Civil Veterinary Dept. Assam report 1927-50 - 1927-1950
Year: 1927
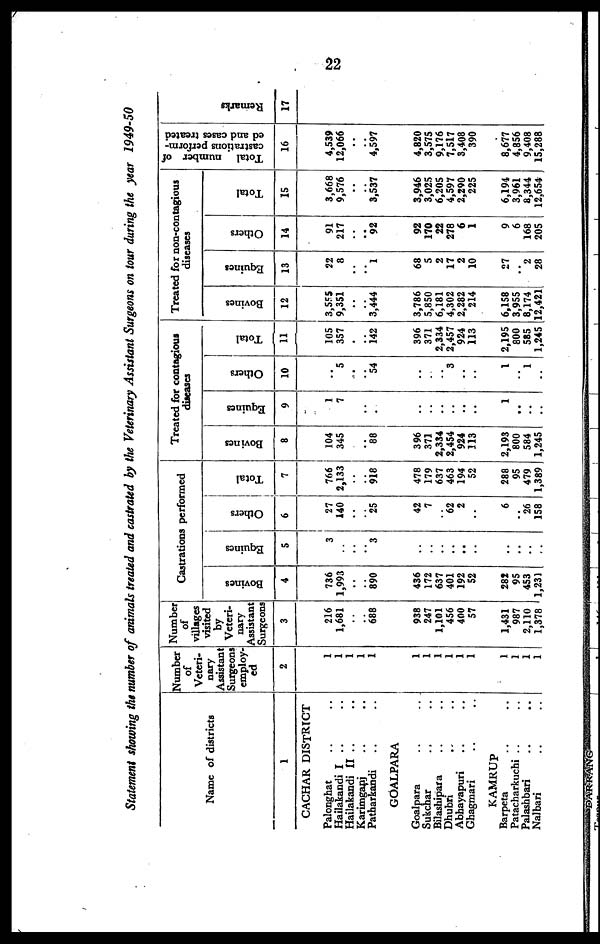
22
Statement showing the number of animals treated and castrated by the Veterinary Assistant Surgeons on tour during the year
1949-50
Name of districts
1
CACHAR DISTRICT
Palonghat .. ..
Hailakandi I .. ..
Hailakandi II .. ..
Karimganj .. ..
Patharkandi .. ..
GOALPARA
Goalpara .. ..
Sukchar .. ..
Bilashipara .. ..
Dhubri .. ..
Abhayapuri .. ..
Ghagmari .. ..
KAMRUP
Barpeta .. ..
Patacharkuchi .. ..
Palashbari .. ..
Nalbari .. ..
Number
of
Veteri-
nary
Assistant
Surgeons
employ-
ed
2
1
1
1
1
1
1
1
1
1
1
1
1
1
1
1
Number
of
villages
visited
by
Veteri-
nary
Assistant
Surgeons
3
216
1,681
..
..
688
938
247
1,101
456
400
57
1,431
987
2,110
1,378
Castrations performed
Bovines
4
736
1,993
..
..
890
436
172
637
401
192
52
282
95
453
1,231
Equines
5
3
..
..
..
3
..
..
..
..
..
..
..
..
..
..
Others
6
27
140
..
..
25
42
7
..
62
2
..
6
..
26
158
Total
7
766
2,133
..
..
918
478
179
637
463
194
52
288
95
479
1,389
Treated for contagious
diseases
Bovines
8
104
345
..
..
88
396
371
2,334
2,454
924
113
2,193
800
584
1,245
Equines
9
1
7
..
..
..
..
..
..
..
..
..
1
..
..
..
Others
10
..
5
..
..
54
..
..
..
3
..
..
1
..
1
..
Total
11
105
357
.
..
142
396
371
2,334
2,457
924
113
2,195
800
585
1,245
Treated for non-contagious
diseases
Bovines
12
3,555
9,351
..
..
3,444
3,786
5,850
6,181
4,302
2,282
214
6,158
3,955
8,174
12,421
Equines
13
22
8
..
..
1
68
5
2
17
2
10
27
..
2
28
Others
14
91
217
..
..
92
92
170
22
278
6
1
9
6
168
205
Total
15
3,668
9,576
..
..
3,537
3,946
3,025
6,205
4,597
2,290
225
6,194
3,961
8,344
12.654
Total number of
castrations perform-
ed and cases treated
16
4,539
12,066
..
..
4,597
4,820
3,575
9,176
7,517
3,408
390
8,677
4,856
9,408
15,288
Remarks
17